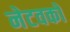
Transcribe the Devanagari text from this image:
नेटवकों